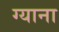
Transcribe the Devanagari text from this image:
ग्याना